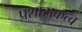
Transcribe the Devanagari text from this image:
प्रशासकत्व